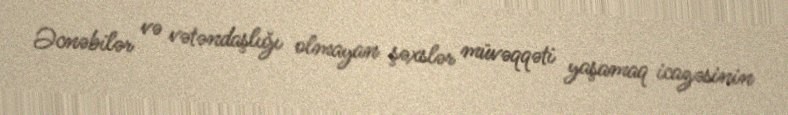
Əcnəbilər və vətəndaşlığı olmayan şəxslər müvəqqəti yaşamaq icazəsinin